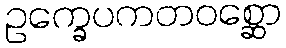
ဥက္ခေပကတဝစ္ဆော